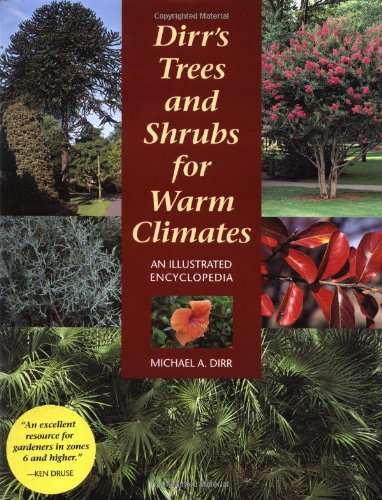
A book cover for Dirr's Trees and Shrubs for Warm Climates: An Illustrated Encyclopedia; Michael A. Dirr; Crafts, Hobbies & Home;